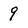
Character: 9